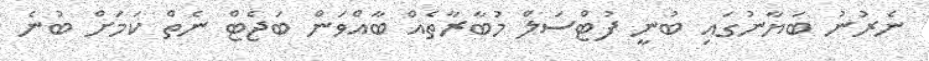
ނެރުނު ބަޔާނުގައި ބުނީ ފުޓްސަލް މުބާރާތެއް ބާއްވަން ބަޖެޓް ނެތް ކަމަށް ބުނެ